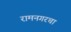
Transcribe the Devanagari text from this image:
रामनगरचा